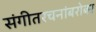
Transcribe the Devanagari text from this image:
संगीतरचनांबरोबर